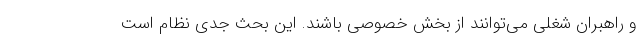
و راهبران شغلی می‌توانند از بخش خصوصی باشند. این بحث جدی نظام است